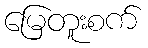
မြေတူးစက်